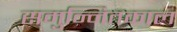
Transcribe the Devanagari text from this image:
समुन्नितकाल